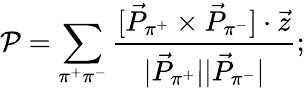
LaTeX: {\cal P}=\sum_{\pi^{+}\pi^{-}}\frac{[\vec{P}_{\pi^{+}}\times\vec{P}_{\pi^{-}}]\cdot\vec{z}}{|\vec{P}_{\pi^{+}}||\vec{P}_{\pi^{-}}|};